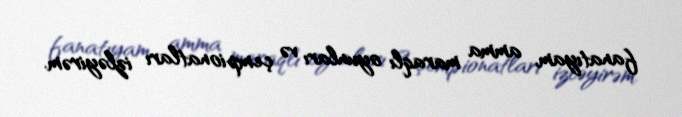
fanatıyam, amma maraqlı oyunları və çempionatları izləyirəm.